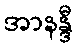
အာနန္ဒီ